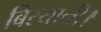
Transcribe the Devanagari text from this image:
बिरयानी।